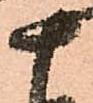
十